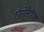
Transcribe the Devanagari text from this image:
जियोमैटिक